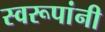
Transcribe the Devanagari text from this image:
स्वरूपांनी